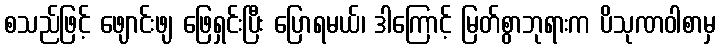
စသည်ဖြင့် ဖျောင်းဖျ ဖြေရှင်းပြီး ပြောရမယ်၊ ဒါကြောင့် မြတ်စွာဘုရားက ပိသုဏဝါစာမှ